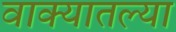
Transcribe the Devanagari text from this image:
वाक्यातल्या